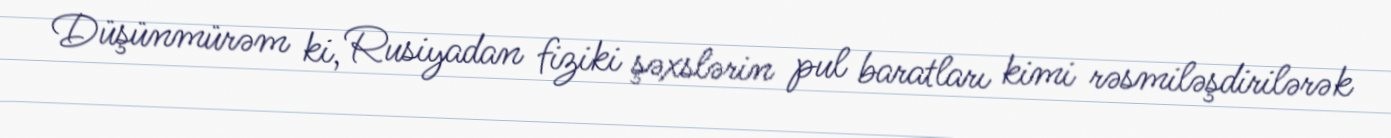
Düşünmürəm ki, Rusiyadan fiziki şəxslərin pul baratları kimi rəsmiləşdirilərək